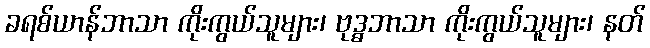
ခရစ်ယာန်ဘာသာ ကိုးကွယ်သူများ၊ ဗုဒ္ဓဘာသာ ကိုးကွယ်သူများ၊ နတ်